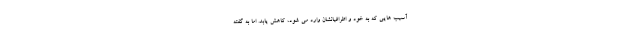
آسیب هایی که به خود و اطرافیانشان وارد می شود، کاهش یابد. اما به گفته